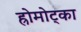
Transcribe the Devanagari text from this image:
ह्रोमोट्का